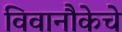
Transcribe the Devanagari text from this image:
विवानौकेचे